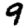
Digit: 9